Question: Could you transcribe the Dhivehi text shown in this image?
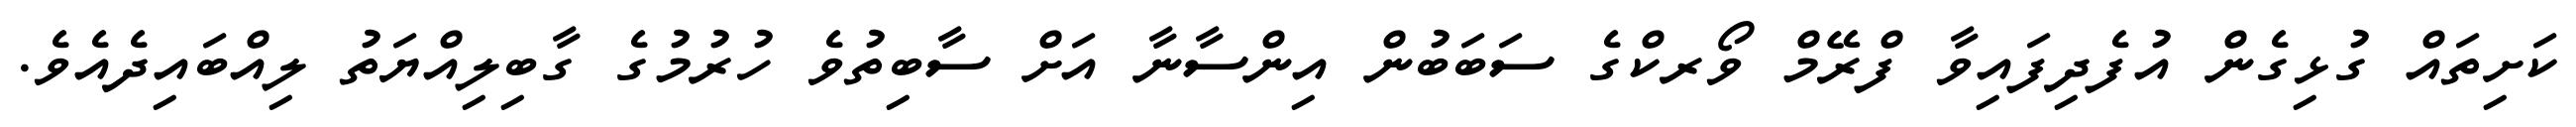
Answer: ކަށިތައް ގުޅިގެން އުފެދިފައިވާ ފްރޭމް ވޯރކްގެ ސަބަބުން އިންސާނާ އަށް ސާބިތުވެ ހުރުމުގެ ގާބިލިއްޔަތު ލިއްބައިދެއެވެ.